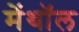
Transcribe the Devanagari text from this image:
मेंथॉल